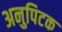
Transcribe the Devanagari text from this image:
अनुपिटक